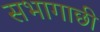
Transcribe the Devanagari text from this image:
सभागाछी